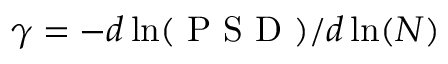
\gamma = - d \ln ( \mathrm { ~ P ~ S ~ D ~ } ) / d \ln ( N )